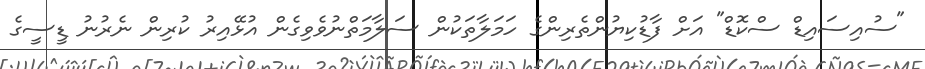
"ސުއިސައިޑް ސްކޮޑް" އަށް ފާޑުކިޔުންތެރިންގެ ހަމަލާތަކުން ސަލާމަތްނުވެވިގެން އުޅޭއިރު ކުރިން ނެރުނު ޑީސީގެ